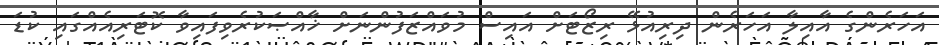
އަހަރެންގެ އާއިލާ އަހަރެން ދިރިއުޅޭ ރިޒޯޓަށް އައިސް މުވައްޒަފުންނަށް ޚާއްޞަކުރެވިފައިވާ ކޮޓަރިއެއްގައި ކުޑަ